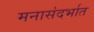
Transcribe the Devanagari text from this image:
मनासंदर्भात